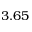
3 . 6 5